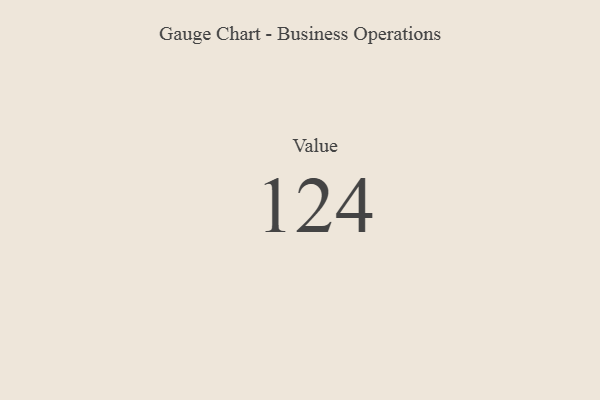
{"axis": {"x": "Metric", "y": "Value"}, "legend": [""], "data": [{"x": "Value", "y": 124, "type": ""}]}